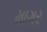
માગર